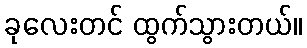
ခုလေးတင် ထွက်သွားတယ်။